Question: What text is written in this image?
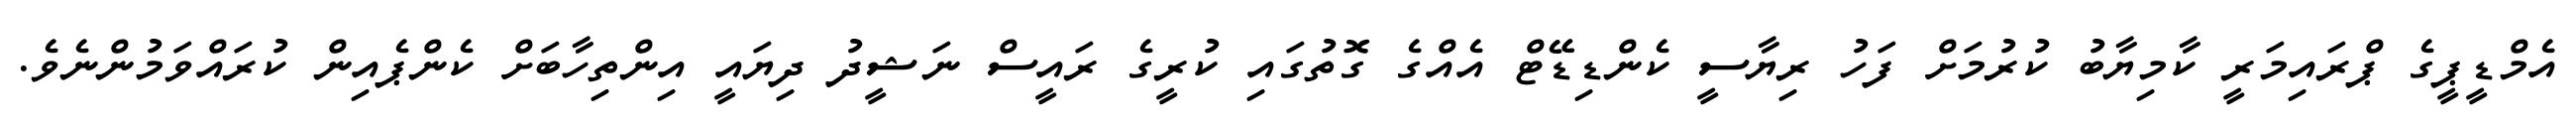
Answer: އެމްޑީޕީގެ ޕްރައިމަރީ ކާމިޔާބު ކުރުމަށް ފަހު ރިޔާސީ ކެންޑިޑޭޓް އެއްގެ ގޮތުގައި ކުރީގެ ރައީސް ނަޝީދު ދިޔައީ އިންތިހާބަށް ކެންޕެއިން ކުރައްވަމުންނެވެ.